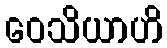
ဝေသိယာဟိ